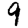
Digit: 9